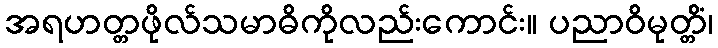
အရဟတ္တဖိုလ်သမာဓိကိုလည်းကောင်း။ ပညာဝိမုတ္တိံ၊